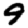
Digit: 9